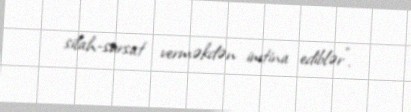
silah-sursat verməkdən imtina ediblər”.